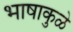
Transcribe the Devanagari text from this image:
भाषाकुळे